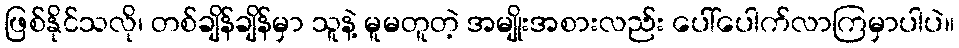
ဖြစ်နိုင်သလို၊ တစ်ချိန်ချိန်မှာ သူနဲ့ မူမတူတဲ့ အမျိုးအစားလည်း ပေါ်ပေါက်လာကြမှာပါပဲ။